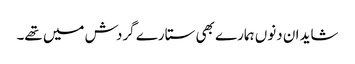
شاید ان دنوں ہمارے بھی ستارے گردش میں تھے۔